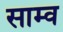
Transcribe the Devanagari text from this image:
साम्व